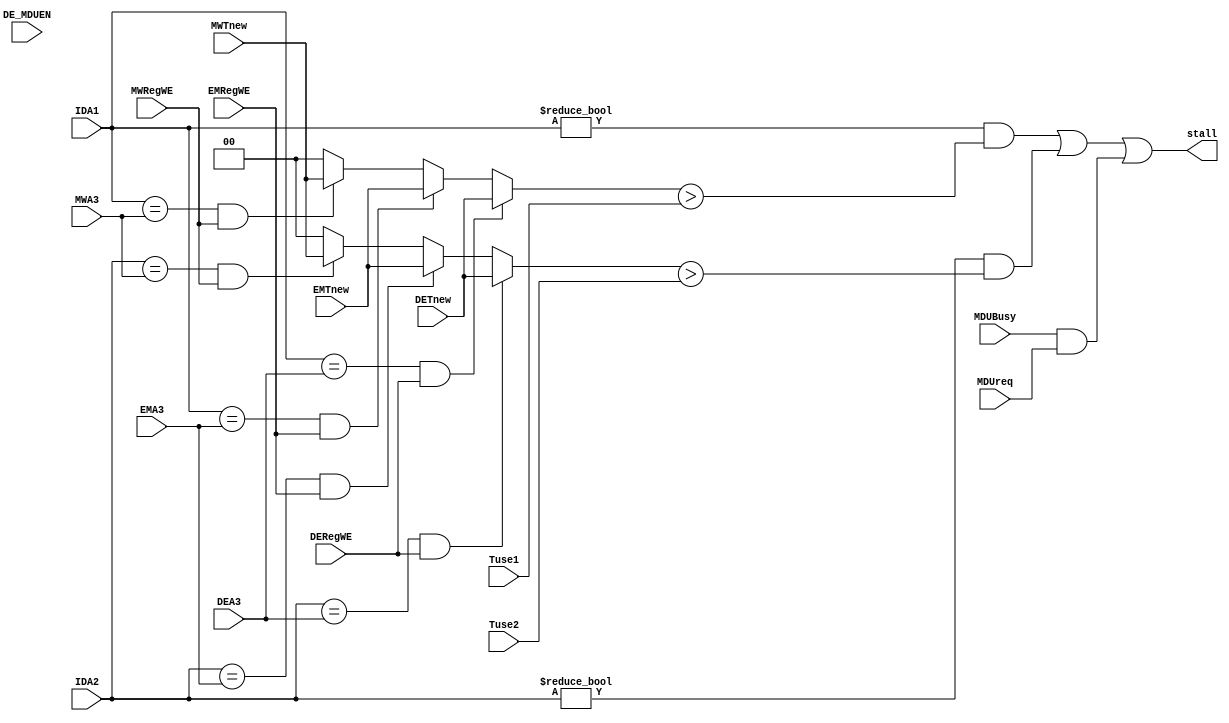
`timescale 1ns / 1ps
//////////////////////////////////////////////////////////////////////////////////
// Company: 
// Engineer: 
// 
// Design Name: 
// Module Name:    stall 
// Project Name: 
// Target Devices: 
// Tool versions: 
// Description: 
//
// Dependencies: 
//
// Revision: 
// Revision 0.01 - File Created
// Additional Comments: 
//
//////////////////////////////////////////////////////////////////////////////////
module stall_controller(
    input [4:0] IDA1,
    input [1:0] Tuse1,
    input [4:0] IDA2,
    input [1:0] Tuse2,
    input [4:0] DEA3,
	input DERegWE,
    input [1:0] DETnew,
    input [4:0] EMA3,
	input EMRegWE,
    input [1:0] EMTnew,
    input [4:0] MWA3,
	input MWRegWE,
    input [1:0] MWTnew,
	//Busy
	input MDUBusy,
	input DE_MDUEN,
	input MDUreq,
	
	output stall
    );
	
	wire [1:0] A1Tnew,A2Tnew;
	
	assign A1Tnew=	IDA1==DEA3&&DERegWE ? DETnew :
					IDA1==EMA3&&EMRegWE ? EMTnew :
					IDA1==MWA3&&MWRegWE ? MWTnew :
					2'd0;
	assign A2Tnew=	IDA2==DEA3&&DERegWE ? DETnew :
					IDA2==EMA3&&EMRegWE ? EMTnew :
					IDA2==MWA3&&MWRegWE ? MWTnew :
					2'd0;
					
	assign stall=	(IDA1!=0&&A1Tnew>Tuse1)||(IDA2!=0&&A2Tnew>Tuse2) || (MDUBusy&&MDUreq);
	
endmodule